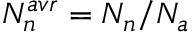
N _ { n } ^ { a v r } = N _ { n } / N _ { a }